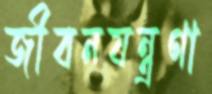
জীবনযন্ত্রণা